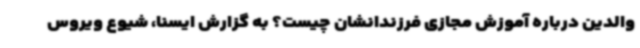
والدین درباره آموزش مجازی فرزندانشان چیست؟ به گزارش ایسنا، شیوع ویروس